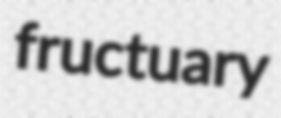
fructuary